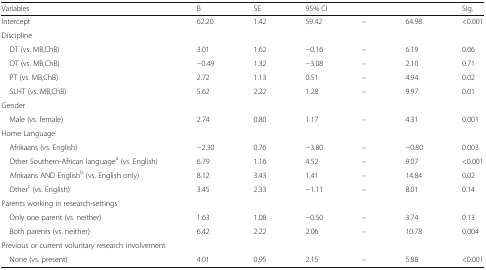
<table><thead><tr><td><b>Variables</b></td><td><b>B</b></td><td><b>SE</b></td><td colspan="3"><b>95% CI</b></td><td><b>Sig.</b></td></tr></thead><tbody><tr><td>Intercept</td><td>62.20</td><td>1.42</td><td>59.42</td><td>–</td><td>64.98</td><td>&lt;0.001</td></tr><tr><td colspan="7">Discipline</td></tr><tr><td> DT (vs. MB,ChB)</td><td>3.01</td><td>1.62</td><td>−0.16</td><td>–</td><td>6.19</td><td>0.06</td></tr><tr><td> OT (vs. MB,ChB)</td><td>−0.49</td><td>1.32</td><td>−3.08</td><td>–</td><td>2.10</td><td>0.71</td></tr><tr><td> PT (vs. MB,ChB)</td><td>2.72</td><td>1.13</td><td>0.51</td><td>–</td><td>4.94</td><td>0.02</td></tr><tr><td> SLHT (vs. MB,ChB)</td><td>5.62</td><td>2.22</td><td>1.28</td><td>–</td><td>9.97</td><td>0.01</td></tr><tr><td colspan="7">Gender</td></tr><tr><td> Male (vs. female)</td><td>2.74</td><td>0.80</td><td>1.17</td><td>–</td><td>4.31</td><td>0.001</td></tr><tr><td colspan="7">Home Language</td></tr><tr><td> Afrikaans (vs. English)</td><td>−2.30</td><td>0.76</td><td>−3.80</td><td>–</td><td>−0.80</td><td>0.003</td></tr><tr><td> Other Southern-African language<sup>a</sup> (vs. English)</td><td>6.79</td><td>1.16</td><td>4.52</td><td>–</td><td>9.07</td><td>&lt;0.001</td></tr><tr><td> Afrikaans AND English<sup>b</sup> (vs. English only)</td><td>8.12</td><td>3.43</td><td>1.41</td><td>–</td><td>14.84</td><td>0.02</td></tr><tr><td> Other<sup>c</sup> (vs. English)</td><td>3.45</td><td>2.33</td><td>−1.11</td><td>–</td><td>8.01</td><td>0.14</td></tr><tr><td colspan="7">Parents working in research-settings</td></tr><tr><td> Only one parent (vs. neither)</td><td>1.63</td><td>1.08</td><td>−0.50</td><td>–</td><td>3.74</td><td>0.13</td></tr><tr><td> Both parents (vs. neither)</td><td>6.42</td><td>2.22</td><td>2.06</td><td>–</td><td>10.78</td><td>0.004</td></tr><tr><td colspan="7">Previous or current voluntary research involvement</td></tr><tr><td> None (vs. present)</td><td>4.01</td><td>0.95</td><td>2.15</td><td>–</td><td>5.88</td><td>&lt;0.001</td></tr></tbody></table>